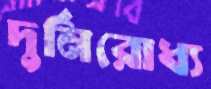
দুর্নিরোধ্য